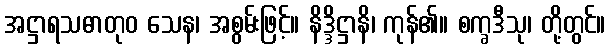
အဋ္ဌာရသဓာတုဝ သေန၊ အစွမ်းဖြင့်။ နိဒ္ဒိဋ္ဌာနိ၊ ကုန်၏။ စက္ခဒီသု၊ တို့တွင်။